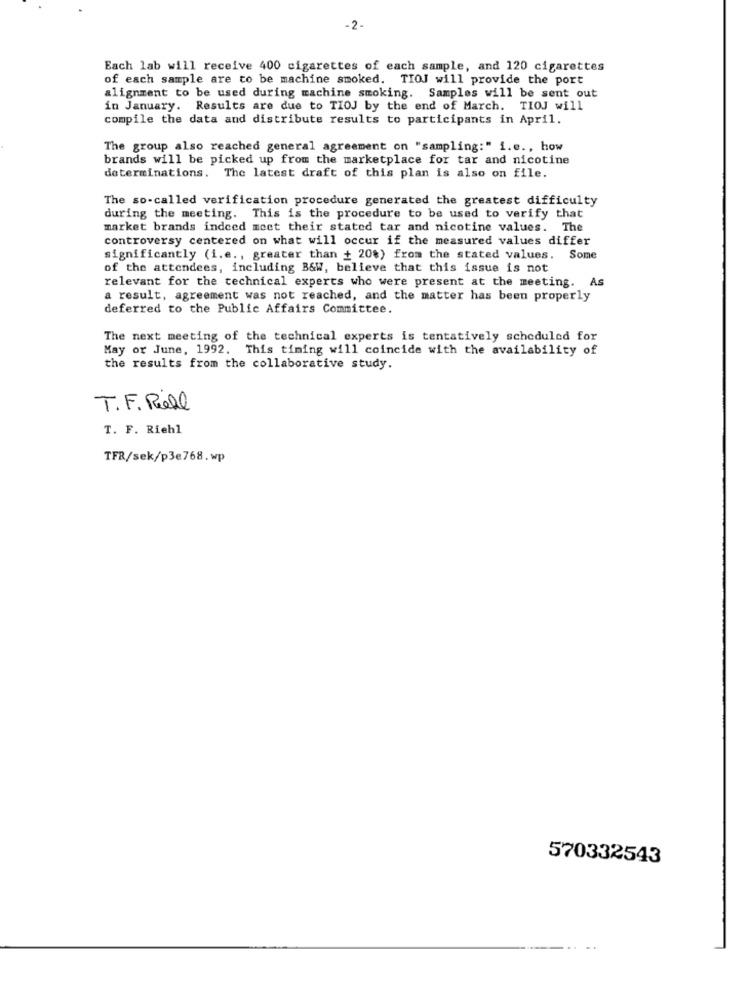
-2-
Each lab will receive 400 cigarettes of each sample, and 120 cigarettes
of each sample are to be machine smoked. TIOJ will provide the port
alignment to be used during machine smoking. Samples will be sent out
in January. Results are due to TIOJ by the end of March. TIOJ will
compile the data and distribute results to participants in April.
The group also reached general agreement on "sampling:" i.e ., how
brands will be picked up from the marketplace for tar and nicotine
determinations. The latest draft of this plan is also on file.
The so-called verification procedure generated the greatest difficulty
during the meeting. This is the procedure to be used to verify that
market brands indeed meet their stated tar and nicotine values. The
controversy centered on what will occur if the measured values differ
significantly (i.e ., greater than + 20%) from the stated values. Some
of the attendees, including B&W, believe that this issue is not
relevant for the technical experts who were present at the meeting. As
a result, agreement was not reached, and the matter has been properly
deferred to the Public Affairs Committee.
The next meeting of the technical experts is tentatively scheduled for
May or June, 1992. This timing will coincide with the availability of
the results from the collaborative study.
T.F. Real
T. F. Riehl
TFR/sek/p3e768.wp
570332543